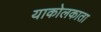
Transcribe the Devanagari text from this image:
याकोलकाता